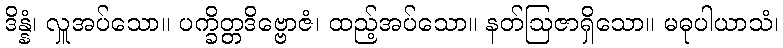
ဒိန္နံ၊ လှူအပ်သော။ ပက္ခိတ္တဒိဗ္ဗောဇံ၊ ထည့်အပ်သော။ နတ်ဩဇာရှိသော။ မဓုပါယာသံ၊